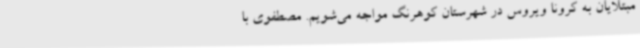
مبتلایان به کرونا ویروس در شهرستان کوهرنگ مواجه می‌شویم. مصطفوی با